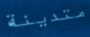
متدينة